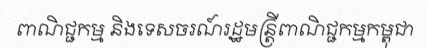
ពាណិជ្ជកម្ម និងទេសចរណ៍រដ្ឋមន្ត្រីពាណិជ្ជកម្មកម្ពុជា